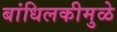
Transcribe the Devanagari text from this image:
बांधिलकीमुळे